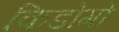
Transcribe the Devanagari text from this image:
किडोगो